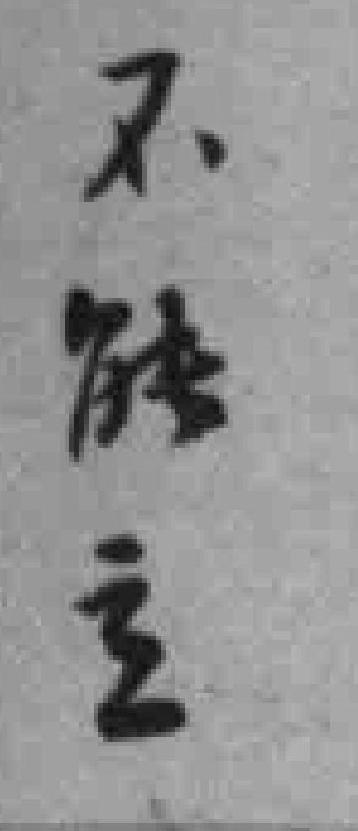
不能立